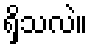
ရှိသလဲ။